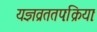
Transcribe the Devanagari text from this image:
यज्ञव्रततपःक्रियाः